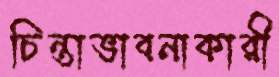
চিন্তাভাবনাকারী